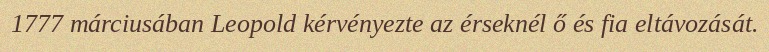
1777 márciusában Leopold kérvényezte az érseknél ő és fia eltávozását.